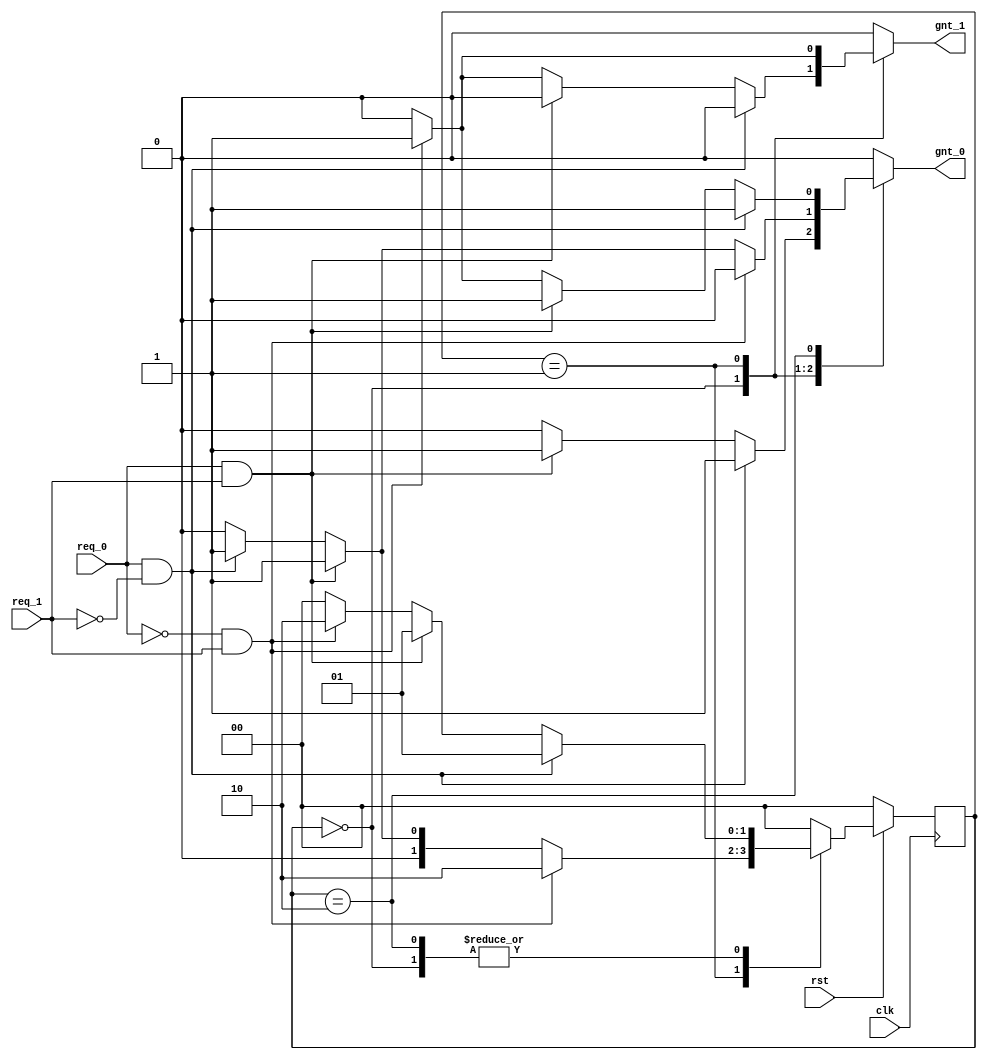
module labfat(clk,rst,req_0,req_1,gnt_0,gnt_1);
input clk,rst,req_0,req_1;
output reg gnt_0,gnt_1;
parameter s0=2'b00,s1=2'b01,s2=2'b10;
reg [1:0]ps,ns;
always @(posedge clk) begin
	if(!rst) ps<=s0;
	else ps<=ns;
end
always @(ps,req_0,req_1) begin
	ns=s0;
	gnt_0=1'b0;
	gnt_1=1'b0;
case(ps)
	s0: // State in reset
	if(req_0==1 && req_1==0) begin  // req_0 sets gnt_0
	 ns=s1;
	 gnt_0=1'b1;
	 gnt_1=1'b0;
	end
	else if(req_0==1 && req_1==1) begin  // both req sets gnt_0 cuz higher priority
	 ns=s1;
	 gnt_0=1'b1;
	 gnt_1=1'b0;
	end
	else if(req_0==0 && req_1==1) begin // req_1 sets gnt_1
	 ns=s2;
	 gnt_0=1'b0;
	 gnt_1=1'b1;
	end
	else begin // default reset
	 ns=s0;
	 gnt_0=1'b0;
	 gnt_1=1'b0;
	end
	s1:  // state in gnt_0
	if(req_0==0 && req_1==1) begin  // same logic
	 ns=s2;
	 gnt_0=1'b0;
	 gnt_1=1'b1;
	end
	else if(req_0==1 && req_1==1) begin // same logic
	 ns=s1;
	 gnt_0=1'b1;
	 gnt_1=1'b0;
	end
	else if(req_0==1&& req_1==0) begin //same logic
	 ns=s1;
	 gnt_0=1'b1;
	 gnt_1=1'b0;
	end
	else begin  // reset
	 ns=s0;
	 gnt_0=1'b0;
	 gnt_1=1'b0;
	end
	s2:  // state in gnt_1
	if(req_0==1 && req_1==0) begin  //same logic
	 ns=s1;
	 gnt_0=1'b1;
	 gnt_1=1'b0;
	end
	else if(req_0==1 && req_1==1) begin  //same logic
	 ns=s1;
	 gnt_0=1'b1;
	 gnt_1=1'b0;
	end
	else if(req_0==0&& req_1==1) begin  // same logic
	 ns=s2;
	 gnt_0=1'b1;
	 gnt_1=1'b0;
	end
	else begin //reset
	 ns=s0;
	 gnt_0=1'b0;
	 gnt_1=1'b0;
	end
	endcase
end //end always block
endmodule